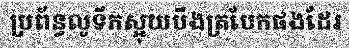
ប្រព័ន្ធលូទឹកស្អុយបឹងត្របែកផងដែរ